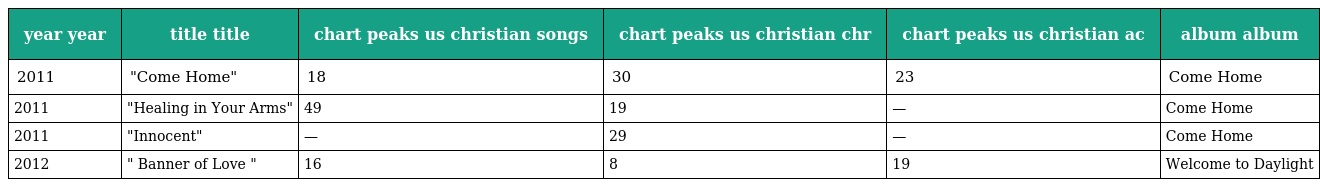
| year year | title title | chart peaks us christian songs | chart peaks us christian chr | chart peaks us christian ac | album album |
 | --- | --- | --- | --- | --- | --- |
 | 2011 | "Come Home" | 18 | 30 | 23 | Come Home |
 | 2011 | "Healing in Your Arms" | 49 | 19 | — | Come Home |
 | 2011 | "Innocent" | — | 29 | — | Come Home |
 | 2012 | " Banner of Love " | 16 | 8 | 19 | Welcome to Daylight |